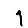
Digit: 1